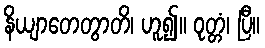
နိယျာတေတွာတိ၊ ဟူ၍။ ဝုတ္တံ၊ ပြီ။